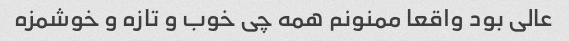
عالی بود واقعا ممنونم همه چی خوب و تازه و خوشمزه